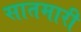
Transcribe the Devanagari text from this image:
सातमारी